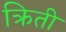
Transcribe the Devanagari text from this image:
क्रिती